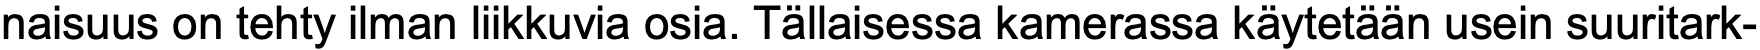
naisuus on tehty ilman liikkuvia osia. Tällaisessa kamerassa käytetään usein suuritark-